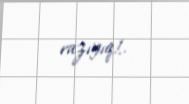
razıyıq!..